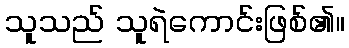
သူသည် သူရဲကောင်းဖြစ်၏။